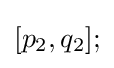
[p_{2},q_{2}];